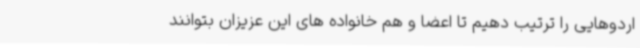
اردوهایی را ترتیب دهیم تا اعضا و هم خانواده های این عزیزان بتوانند